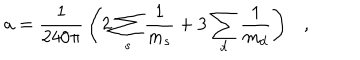
a = { \frac { 1 } { 2 4 0 \pi } } \left( 2 \sum _ { s } { \frac { 1 } { m _ { s } } } + 3 \sum _ { d } { \frac { 1 } { m _ { d } } } \right) ,